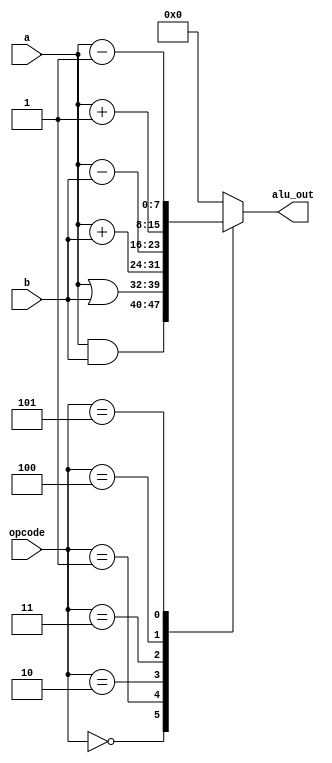
module ALU (
    input [7:0] a,
    input [7:0] b,
    input [2:0] opcode,
    output reg [7:0] alu_out
);
    always @(a, b, opcode) begin
        case (opcode)
            3'b000: alu_out <= a & b;     // Bitwise AND
            3'b001: alu_out <= a | b;     // Bitwise OR
            3'b010: alu_out <= a + b;     // Addition
            3'b011: alu_out <= a - b;     // Subtraction
            3'b100: alu_out <= a + 1;     // Increment
            3'b101: alu_out <= a - 1;     // Decrement
            default: alu_out <= 8'h00;    // Default: Output 0
        endcase
    end
endmodule